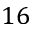
1 6